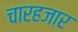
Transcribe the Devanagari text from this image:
चारहजार